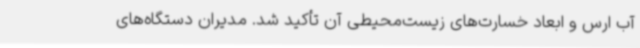
آب ارس و ابعاد خسارت‌های زیست‌محیطی آن تأکید شد. مدیران دستگاه‌های